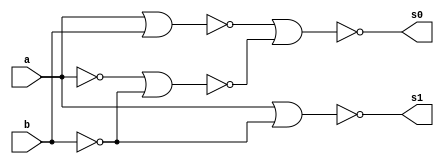
// ---------------------
// Guia 04_04 - Meia Diferenca NOR
// Nome: Luiz Menezes
// ---------------------

module meiadiferenca (s0, s1, a, b);
 output s0, s1;
 input  a, b;
 wire s2,s3,s4,s5,s6;
 
 nor norgate1 (s2, a, a);
 nor norgate2 (s3, b, b);
 nor norgate3 (s4, s2, s3);
 nor norgate4 (s5, a, b);
 nor norgate5 (s0, s5, s4);
 nor norgate6 (s6, s2, s2);
 nor norgate7 (s1, s6, s3);
 
 endmodule //meiadiferenca

// --------------------------
// -- test meia diferenca nor
// --------------------------

module testmeiadiferenca;
 reg   a, b;             
 wire  s0, s1;
          // instancia
 meiadiferenca MEIADIFERENCA1 (s0, s1, a, b);

 initial begin:start
      a=0; b=0;
 end

          // parte principal
 initial begin:main
      $display("Guia 04_04 - Luiz Menezes - 292160");
      $display("Test Meia Diferenca NOR gate");
      $display("\n a | b = s0 s1\n");
      $monitor(" %b | %b = %b %b", a, b, s0, s1);
  #1  a=0; b=1; 
  #1  a=1; b=0; 
  #1  a=1; b=1; 
  
 end

endmodule // testmeiadiferenca